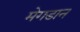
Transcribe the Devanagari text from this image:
मेगडान